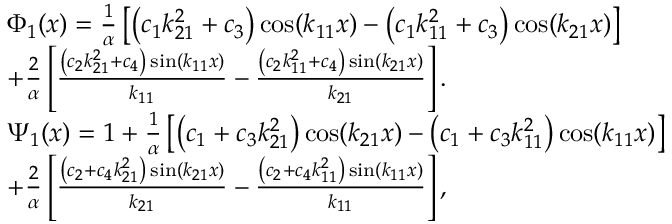
\begin{array} { r l } & { { \Phi _ { 1 } } ( x ) = \frac { 1 } { \alpha } \left[ { \left( { { c _ { 1 } } k _ { 2 1 } ^ { 2 } + { c _ { 3 } } } \right) \cos ( { k _ { 1 1 } } x ) - \left( { { c _ { 1 } } k _ { 1 1 } ^ { 2 } + { c _ { 3 } } } \right) \cos ( { k _ { 2 1 } } x ) } \right] } \\ & { + \frac { 2 } { \alpha } \left[ { \frac { { \left( { { c _ { 2 } } k _ { 2 1 } ^ { 2 } + { c _ { 4 } } } \right) \sin ( { k _ { 1 1 } } x ) } } { { { k _ { 1 1 } } } } - \frac { { \left( { { c _ { 2 } } k _ { 1 1 } ^ { 2 } + { c _ { 4 } } } \right) \sin ( { k _ { 2 1 } } x ) } } { { { k _ { 2 1 } } } } } \right] . } \\ & { { \Psi _ { 1 } } ( x ) = 1 + \frac { 1 } { \alpha } \left[ { \left( { { c _ { 1 } } + { c _ { 3 } } k _ { 2 1 } ^ { 2 } } \right) \cos ( { k _ { 2 1 } } x ) - \left( { { c _ { 1 } } + { c _ { 3 } } k _ { 1 1 } ^ { 2 } } \right) \cos ( { k _ { 1 1 } } x ) } \right] } \\ & { + \frac { 2 } { \alpha } \left[ { { \frac { { \left( { { c _ { 2 } } + { c _ { 4 } } k _ { 2 1 } ^ { 2 } } \right) \sin ( { k _ { 2 1 } } x ) } } { { { k _ { 2 1 } } } } - \frac { { \left( { { c _ { 2 } } + { c _ { 4 } } k _ { 1 1 } ^ { 2 } } \right) \sin ( { k _ { 1 1 } } x ) } } { { { k _ { 1 1 } } } } } } \right] , } \end{array}